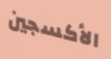
الأكسجين